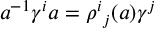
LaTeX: a ^ { - 1 } \gamma ^ { i } a = { \rho ^ { i } } _ { j } ( a ) \gamma ^ { j }